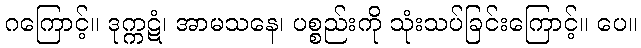
ဂကြောင့်။ ဒုက္ကဋံ၊ အာမသနေ၊ ပစ္စည်းကို သုံးသပ်ခြင်းကြောင့်။ ပေ။